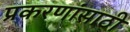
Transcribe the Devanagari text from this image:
प्रकरणांसाठी